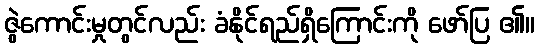
ဇွဲကောင်းမှုတွင်လည်း ခံနိုင်ရည်ရှိကြောင်းကို ဖော်ပြ ၏။